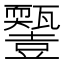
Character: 𤮵